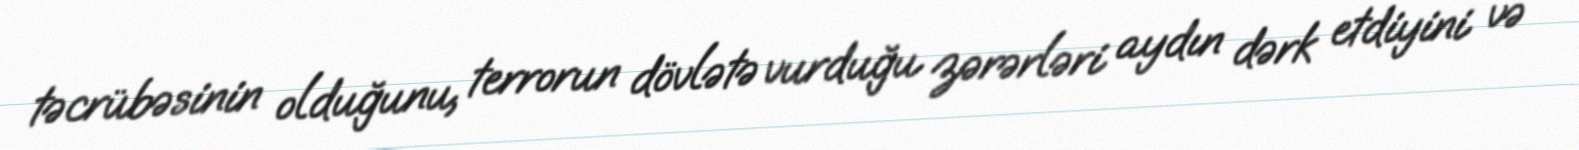
təcrübəsinin olduğunu, terrorun dövlətə vurduğu zərərləri aydın dərk etdiyini və